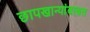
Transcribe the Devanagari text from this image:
छापखान्यांबाबत